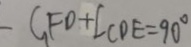
C F D + \angle C D E = 9 0 ^ { \circ }